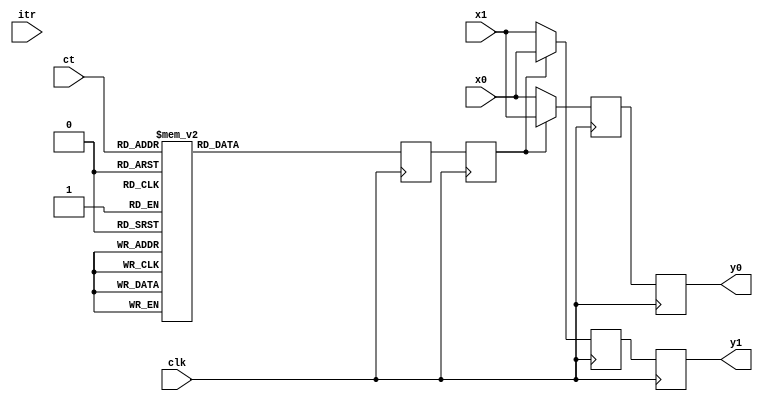
module swNet31267(itr, clk, ct
,       x0, y0
,       x1, y1
);
    parameter width = 32;
    input [2:0] ct;
    input clk;
    input [0:0] itr;
    input [width-1:0] x0;
    output [width-1:0] y0;
    reg  [width-1:0] y0;
    input [width-1:0] x1;
    output [width-1:0] y1;
    reg  [width-1:0] y1;
    wire [width-1:0] t0_0, t0_1;
    reg [width-1:0] t1_0, t1_1;
    reg [0:0] control;
    always @(posedge clk) begin
      case(ct)
        3'd0: control <= 1'b1;
        3'd1: control <= 1'b1;
        3'd2: control <= 1'b1;
        3'd3: control <= 1'b1;
        3'd4: control <= 1'b0;
        3'd5: control <= 1'b0;
        3'd6: control <= 1'b0;
        3'd7: control <= 1'b0;
      endcase
   end
   reg [0:0] control0;
    always @(posedge clk) begin
       control0 <= control;
    end
    assign t0_0 = x0;
    assign t0_1 = x1;
   always @(posedge clk) begin
         t1_0 <= (control0[0] == 0) ? t0_0 : t0_1;
         t1_1 <= (control0[0] == 0) ? t0_1 : t0_0;
   end
    always @(posedge clk) begin
        y0 <= t1_0;
        y1 <= t1_1;
    end
endmodule